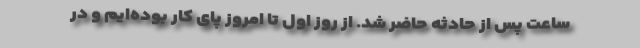
ساعت پس از حادثه حاضر شد. از روز اول تا امروز پای کار بوده‌ایم و در